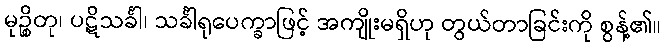
မုဉ္စိတု၊ ပဋိသင်္ခါ၊ သင်္ခါရုပေက္ခာဖြင့် အကျိုးမရှိဟု တွယ်တာခြင်းကို စွန့်၏။